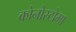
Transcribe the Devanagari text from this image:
कोनोस्टोमा